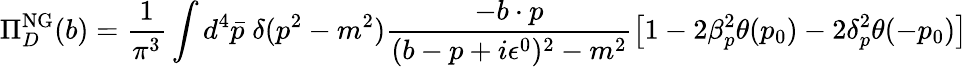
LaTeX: \Pi_{D}^{\mathrm{NG}}(b)=\frac{1}{\pi^{3}}\int d^{4}\bar{p}\; \delta(p^{2}-m^{2})\frac{-b\cdot p}{(b-p+i\epsilon^{0})^{2}-m^{2}}\left[1-2\beta_{p}^{2}\theta(p_{0})-2\delta_{p}^{2}\theta(-p_{0})\right]